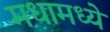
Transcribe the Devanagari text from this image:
मधामध्ये